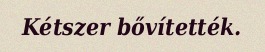
Kétszer bővítették.